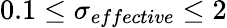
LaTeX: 0.1\leq\sigma_{effective}\leq 2